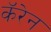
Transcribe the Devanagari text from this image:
कॅरेन